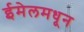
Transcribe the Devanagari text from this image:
ईमेलमधून